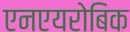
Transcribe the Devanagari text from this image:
एनएयरोबिक